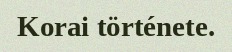
Korai története.